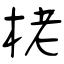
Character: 栳